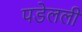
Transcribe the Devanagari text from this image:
पडेलली